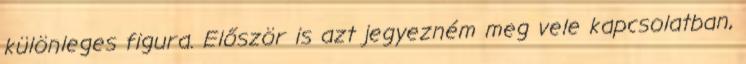
különleges figura. Először is azt jegyezném meg vele kapcsolatban,